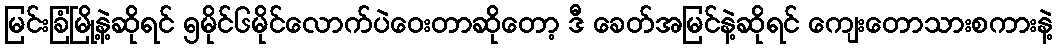
မြင်းခြံမြို့နဲ့ဆိုရင် ၅မိုင်၆မိုင်လောက်ပဲဝေးတာဆိုတော့ ဒီ ခေတ်အမြင်နဲ့ဆိုရင် ကျေးတောသားစကားနဲ့